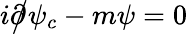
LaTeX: i{\partial\! \! \! {\big/}}\psi_{c}-m\psi=0